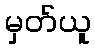
မှတ်ယူ